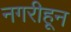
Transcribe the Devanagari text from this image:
नगरीहून